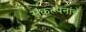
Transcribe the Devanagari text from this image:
संंकल्पनांंचे